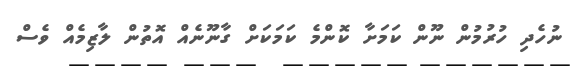
ނުހެދި ހުރުމުން ނޫން ކަމަށާ ކޮންމެ ކަމަކަށް ގާނޫނެއް އޮތުން ލާޒިމެއް ވެސް